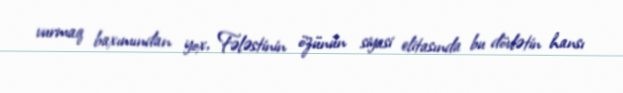
vurmaq baxımından yox, Fələstinin özünün siyasi elitasında bu dövlətin hansı